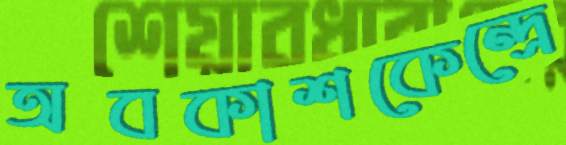
অবকাশকেন্দ্রে